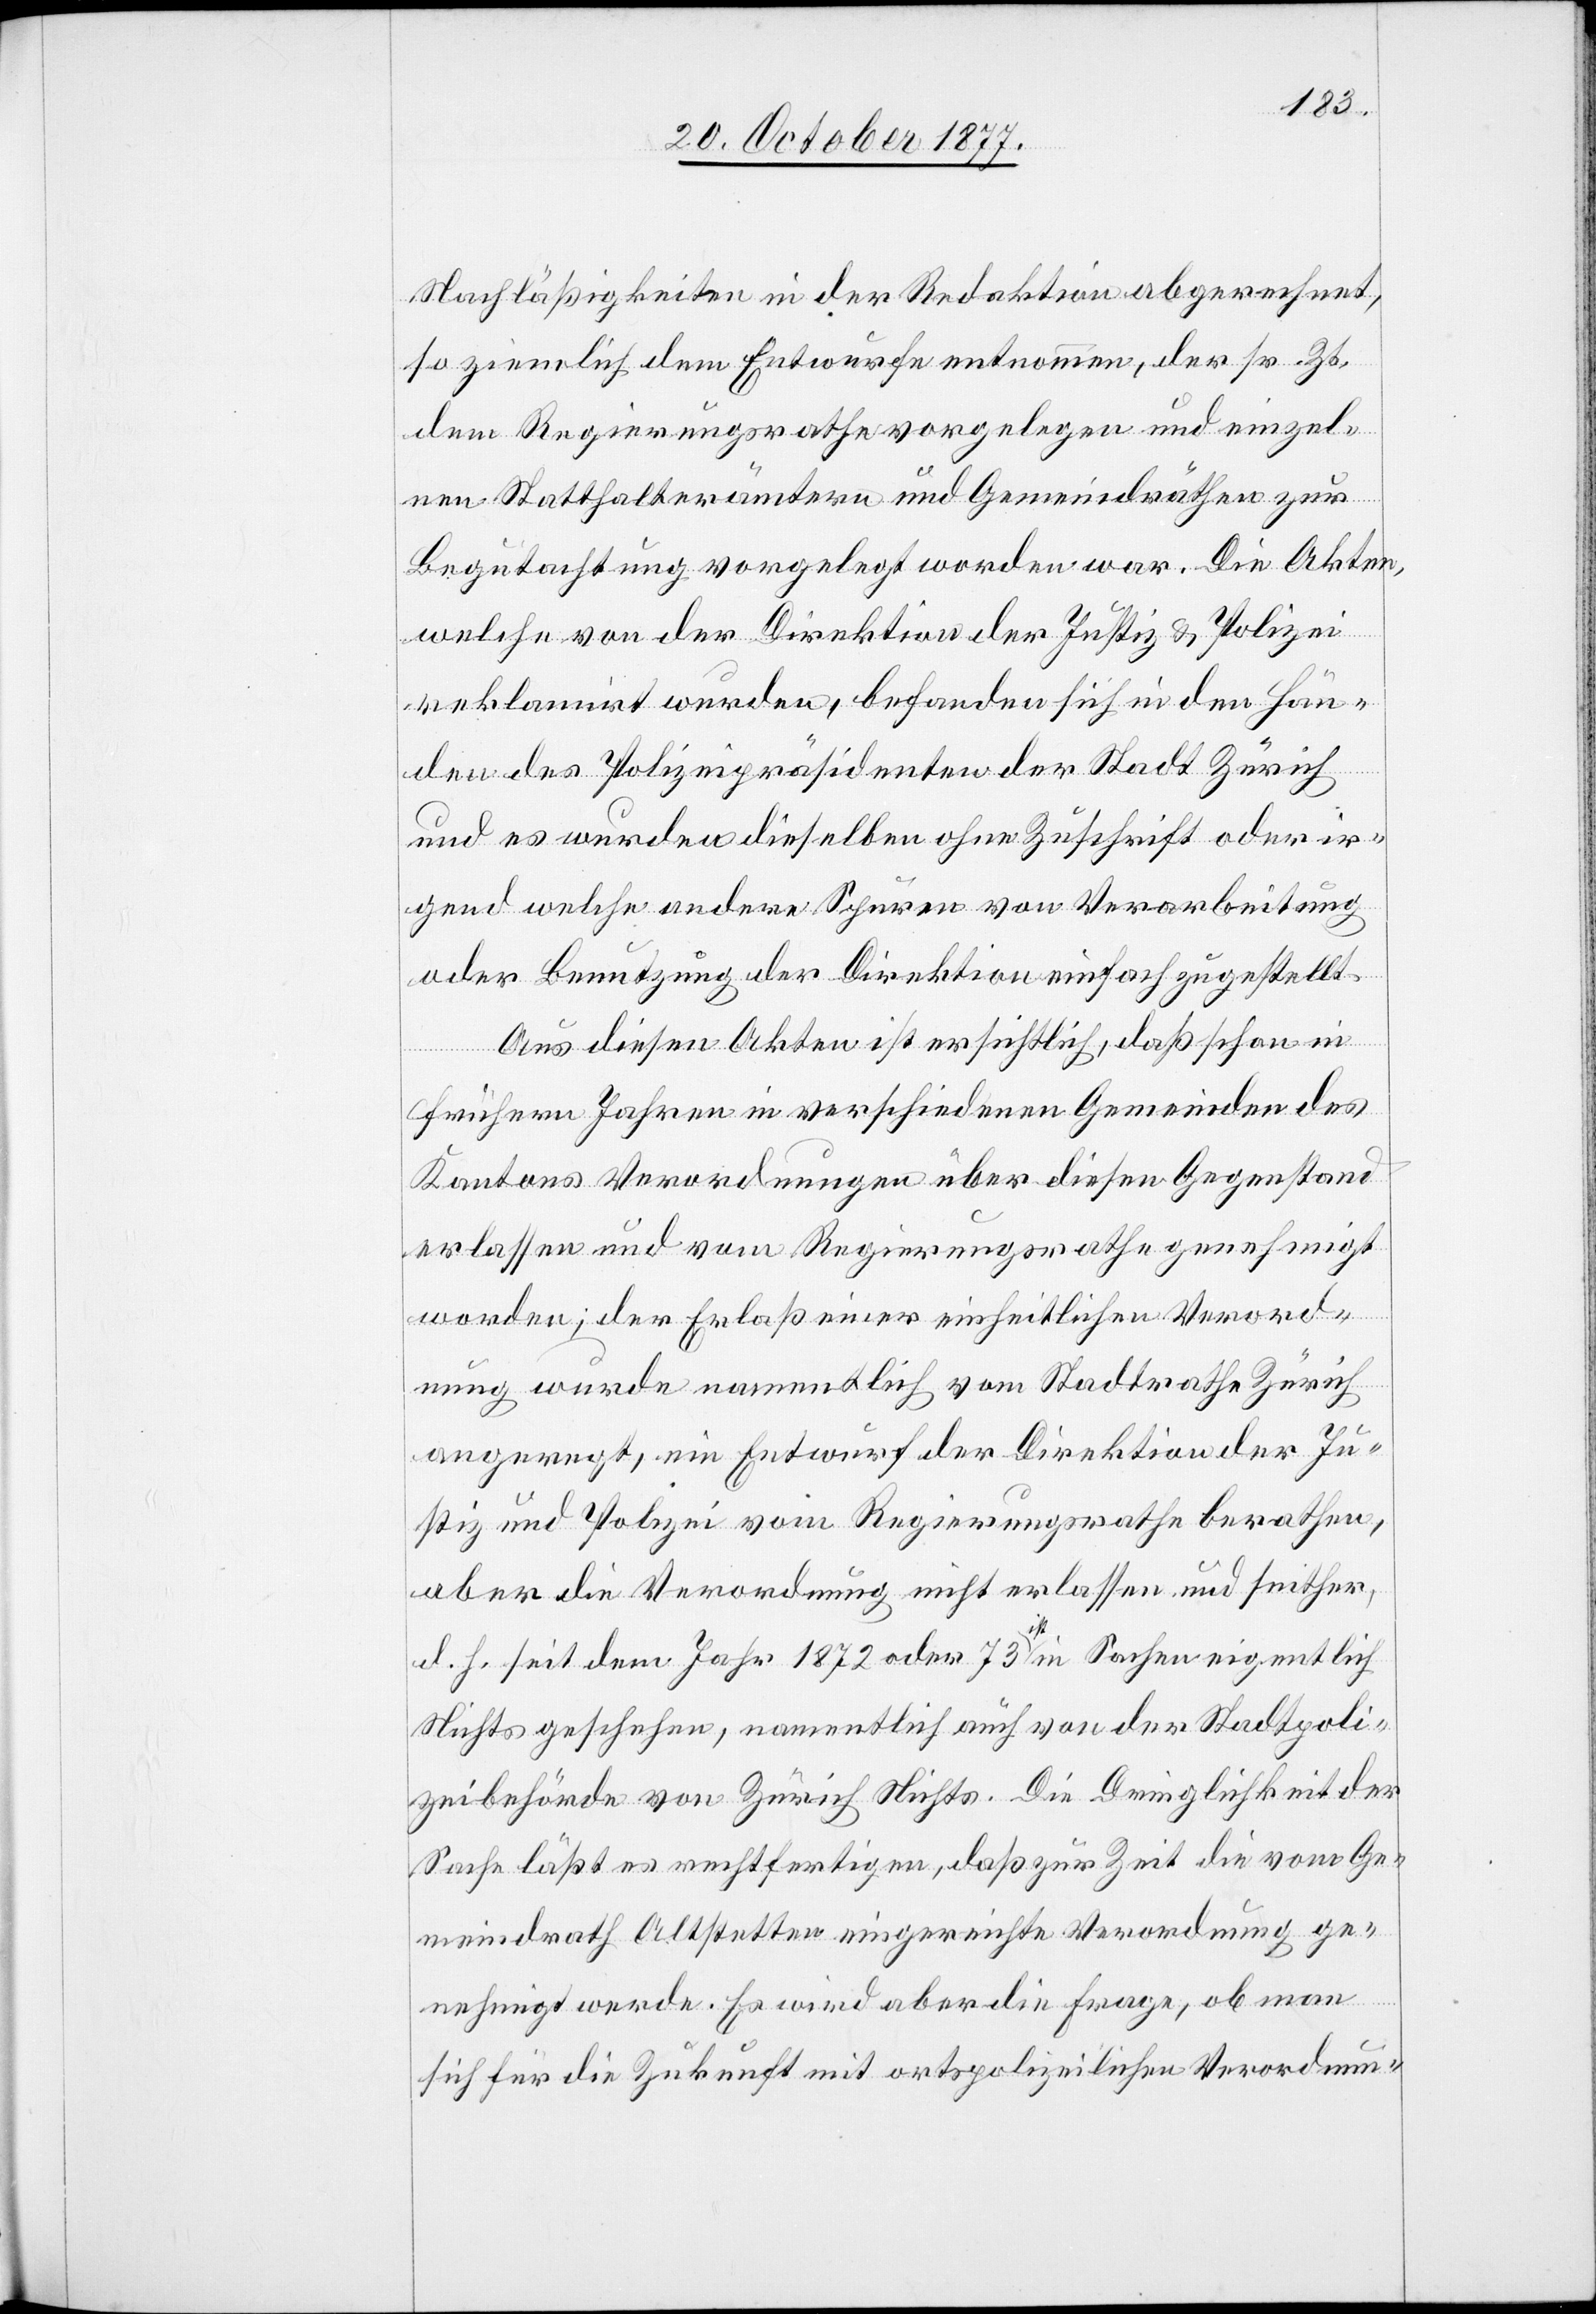
Nachläßigkeiten in der Redaktion abgerechnet,
so ziemlich dem Entwurfe entnommen, der sr. Zt.
dem Regierungsrathe vorgelegen und einzel¬
nen Statthalterämtern und Gemeindräthen zur
Begutachtung vorgelegt worden war. Die Akten,
welche von der Direktion der Justiz & Polizei
reklamirt wurden, befanden sich in den Hän¬
den des Polizeipräsidenten der Stadt Zürich
und es wurden dieselben ohne Zuschrift oder ir¬
gend welche andere Spuren von Verarbeitung
oder Benutzung der Direktion einfach zugestellt.
Aus diesen Akten ist ersichtlich, daß schon in
frühern Jahren in verschiedenen Gemeinden des
Kantons Verordnungen über diesen Gegenstand
erlassen und vom Regierungsrathe genehmigt
worden; der Erlaß einer einheitlichen Verord¬
nung wurde namentlich vom Stadtrathe Zürich
angeregt, ein Entwurf der Direktion der Ju¬
stiz und Polizei vom Regierungsrathe berathen,
aber die Verordnung nicht erlassen und seither,
d. h. seit dem Jahr 1872 oder 73 ist in Sachen eigentlich
Nichts geschehen, namentlich auch von der Stadtpoli¬
zeibehörde von Zürich Nichts. Die Dringlichkeit der
Sache läßt es rechtfertigen, daß zur Zeit die vom Ge¬
meindrath Altstetten eingereichte Verordnung ge¬
nehmigt werde. Es wird aber die Frage, ob man
sich für die Zukunft mit ortspolizeilichen Verordnun-